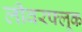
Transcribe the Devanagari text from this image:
लीवरफ्लूक